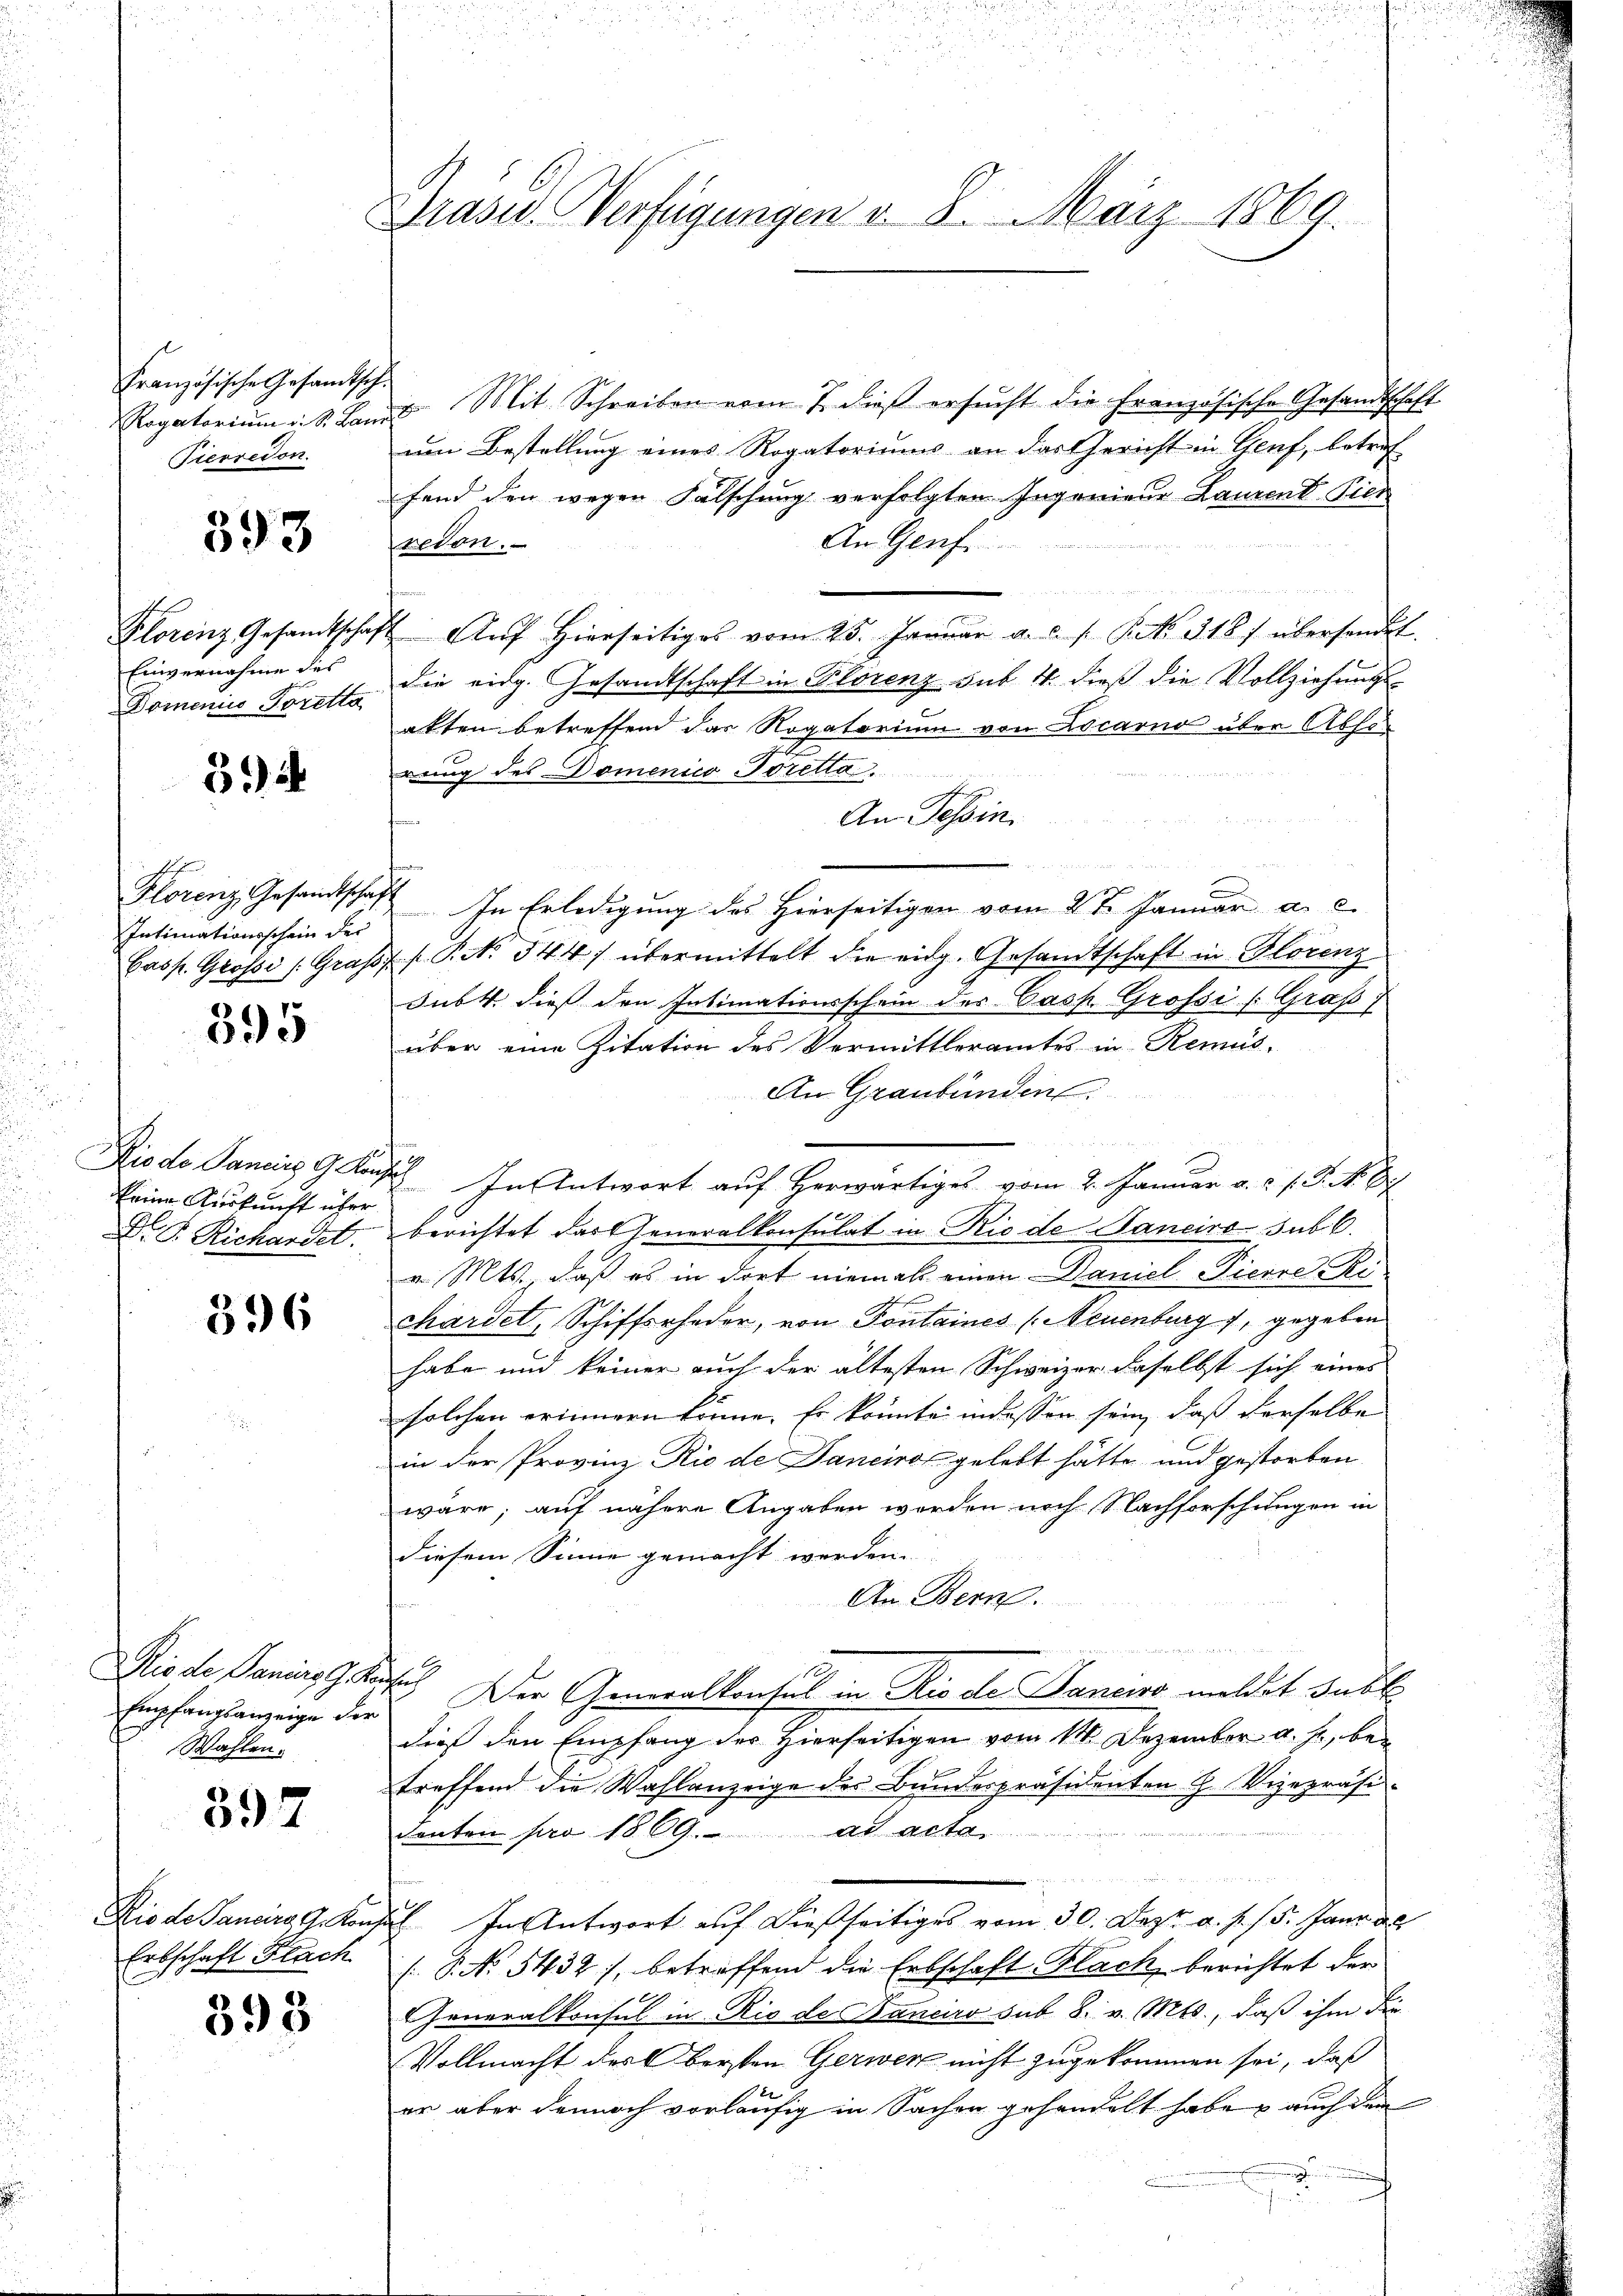
Französische Gesandtsch.
Rogatorium d. S. Ban
Pierredon.

393

Florenz, Gesandtscha
Einvernahme des
Domenico Poretta

51)

Florenz, Gesandtscha
Intimationsschein der
Casp. Grossi /: Graf,

395

Diodo Pancirs G. Konkeine Auskunft über
Dr. G. Richandet.

396

Die de Panias Ge
Empfangsanzeige der
Wahlen.

397

Kis de Janeirg, G. Kon¬
Erbschaft Flach

398

Brasid. Verfügungen v. 8. März 1869.

. Mit Schreiben vom 7. dieß ersucht die Französische Gesandtschaft
um Bestellung eines Rogatoriums an das Gericht in Genf, betref
fend den wegen Falschung verfolgten Ingenieur Laurent Pier
An Genfe
reton.
Aŭf Hierseitiges vom 25. Janŭar a. u. s. P. No. 318) übersandt.
die eidg. Gesandtschaft in Plorenz sub. 4. dieß die Vollziehungs-
akten betreffend das Rogatorium von Locarno über Absorung des Domenico Porella.
An Tessin.
n
In Erledigung des Hierseitigen vom 2 te Januar a. c.
27
f. P. 344) übermittelt die eidg. Gesandtschaft in Florenz
Subt. dieß den Intimationsschein des Casp. Grossi (Graf
über eine Zitation des Vermittleramtes in Remüs¬
An Graubünden
185.
 In Antwort auf Herwärtiges vom 2. Januar v. u. s. S. Nr. 6
berichtet das Generalkonsulat in Rio de Janeiro sub 6.
v. Mts., daß es in dort niemal einen Daniel Pierre-Richardel, Schiffsrhedor, von Pontaines (Neuenburg, gegeben
habe und keiner auch der ältesten Schweizer daselbst sich eines
solchen erinnern könne. Er könnte indessen sein, daß derselben
in der Provine Rio de Daneiro gelebt hätte und gestorben
wäre, auf nähere Angaben werden noch Nachforschungen in
diesem Sinne gemacht werden.
An Bern.
l
c. Der Generalkonsul in Rio de Danewo meldet subt
dieß den Empfang des Hierseitigen vom 14. Dezember a. f., betreffend die Wahlanzeige des Bundespräsidenten H. Vizepräsidenten pro 1869. ad acta
.
 In Antwort auf dießseitiges vom 30. Dez. a. p. 15. Jann de
[P. No. 5432), betreffend die Erbschaft Flach, berichtet der
Generalkonsul in Rio des Banciro sub. 8. v. Mts., daß ihm die
Vollmacht des Obersten Gerwer nicht zugekommen sei, daß
er aber dennoch vorläufig in Sachen gehandelt habe auch dem